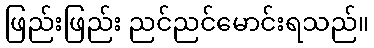
ဖြည်းဖြည်း ညင်ညင်မောင်းရသည်။